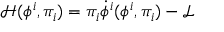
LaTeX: { \mathcal { H } } ( \phi ^ { i } , \pi _ { i } ) = \pi _ { i } { \dot { \phi } } ^ { i } ( \phi ^ { i } , \pi _ { i } ) - { \mathcal { L } }